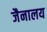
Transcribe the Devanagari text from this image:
जैनालय